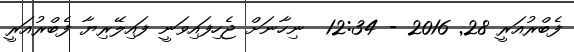
ފެބްރުއަރީ 28